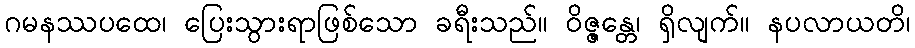
ဂမနဿပထေ၊ ပြေးသွားရာဖြစ်သော ခရီးသည်။ ဝိဇ္ဇန္တေ၊ ရှိလျက်။ နပလာယတိ၊